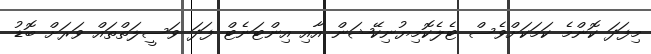
މިފަދަ ކޮންމެ ކަމަކަށްވެސް ޓެލެކޮމިޔުނިކޭޝަން އާއި އިންޓަނެޓް ފަދަ ވަސީލަތްތައް ވަރަށް ބޮޑު